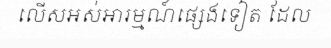
លើសអស់អារម្មណ៍ផ្សេងទៀត ដែល